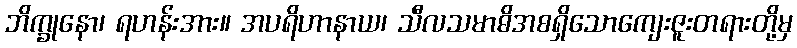
ဘိက္ခုနော၊ ရဟန်းအား။ အပရိဟာနာယ၊ သီလသမာဓိအစရှိသောကျေးဇူးတရားတို့မှ